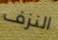
النزف